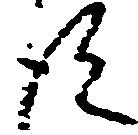
得